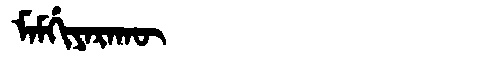
Manchu: ᠮᠠᠮᡤᡳᠶᠠᡵᠠᡴᡡ
Romanization: MAMGIYARAKŪ